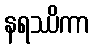
နရဿိကာ